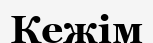
Кежім